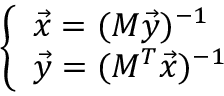
\left\{ \begin{array} { l l } { \vec { x } = ( M \vec { y } ) ^ { - 1 } } \\ { \vec { y } = ( M ^ { T } \vec { x } ) ^ { - 1 } } \end{array} \right.